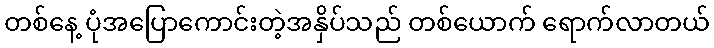
တစ်နေ့ ပုံအပြောကောင်းတဲ့အနှိပ်သည် တစ်ယောက် ရောက်လာတယ်